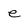
Character: e